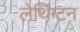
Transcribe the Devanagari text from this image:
लेथिंग्टन